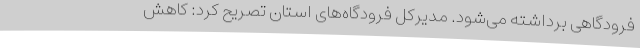
فرودگاهی برداشته می‌شود. مدیرکل فرودگاه‌های استان تصریح کرد: کاهش